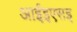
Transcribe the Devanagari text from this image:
आईइएसइ